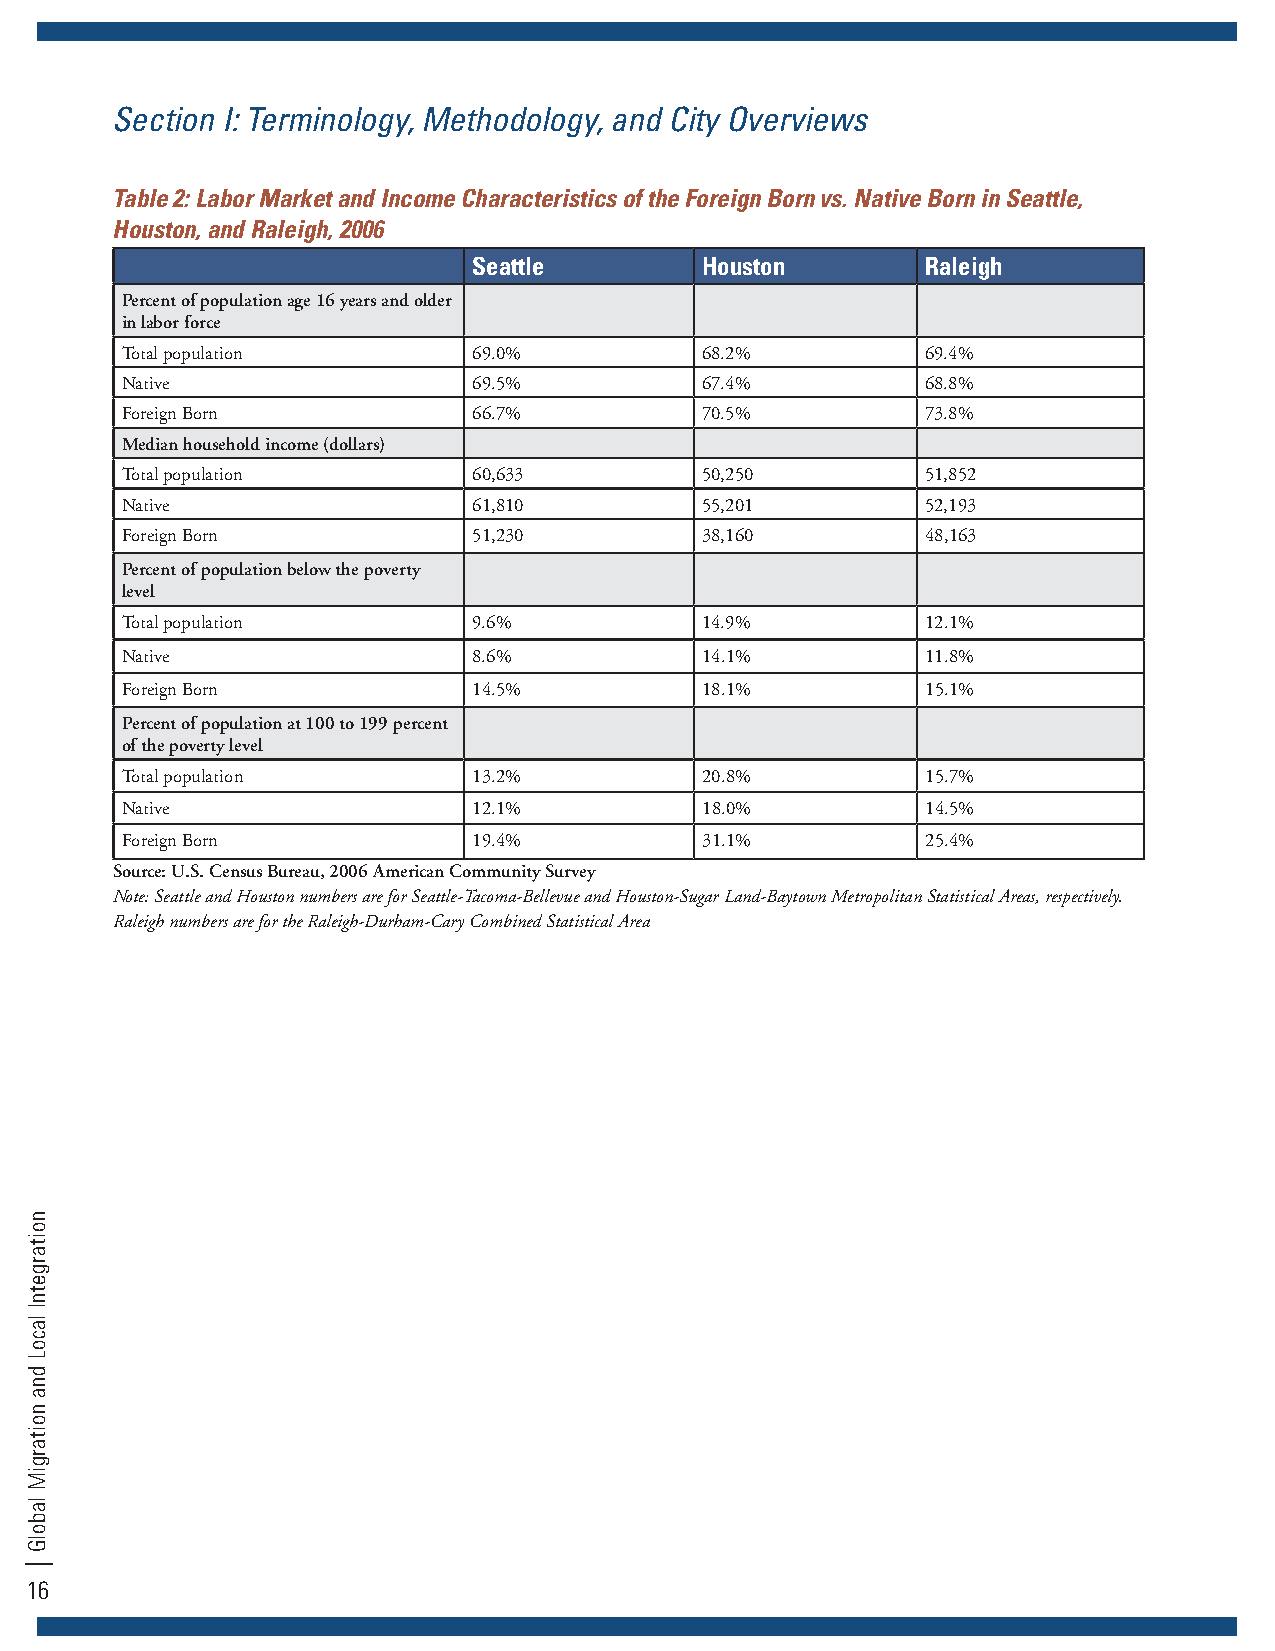
Section I: Terminology, Methodology, and City Overviews
 Table 2: Labor Market and Income Characteristics of the Foreign Born vs. Native Born in Seattle,
 Houston, and Raleigh, 2006
 Seattle        Houston        Raleigh
 Percent of population age 16 years and older
 in labor force
 Total population       69.0%          68.2%          69.4%
 Native                 69.5%          67.4%          68.8%
 Foreign Born           66.7%          70.5%          73.8%
 Median household income (dollars)
 Total population       60,633         50,250         51,852
 Native                 61,810         55,201         52,193
 Foreign Born           51,230         38,160         48,163
 Percent of population below the poverty
 level
 Total population       9.6%           14.9%          12.1%
 Native                 8.6%           14.1%          11.8%
 Foreign Born           14.5%          18.1%          15.1%
 Percent of population at 100 to 199 percent
 of the poverty level
 Total population       13.2%          20.8%          15.7%
 Native                 12.1%          18.0%          14.5%
 Foreign Born           19.4%          31.1%          25.4%
 Source: U.S. Census Bureau, 2006 American Community Survey
 Note: Seattle and Houston numbers are for Seattle-Tacoma-Bellevue and Houston-Sugar Land-Baytown Metropolitan Statistical Areas, respectively.
 Raleigh numbers are for the Raleigh-Durham-Cary Combined Statistical Area
 16
 noitargetnI
 lacoL
 dna
 noitargiM
 labolG